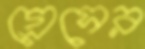
গ্রেসের